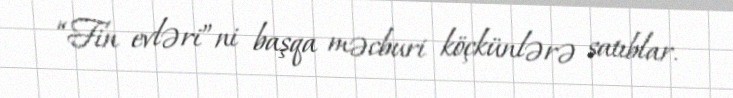
“Fin evləri”ni başqa məcburi köçkünlərə satıblar.